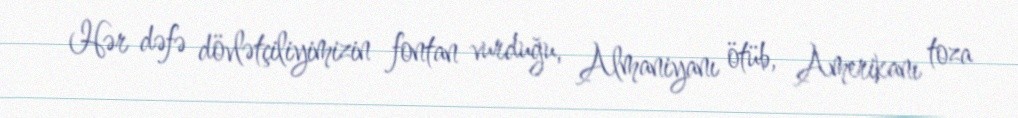
Hər dəfə dövlətçiliyimizin fontan vurduğu, Almaniyanı ötüb, Amerikanı toza